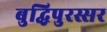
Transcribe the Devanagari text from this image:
बुद्धिपुरस्सर